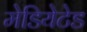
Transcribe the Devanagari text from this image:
मेडियेटेड